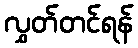
လွှတ်တင်ရန်